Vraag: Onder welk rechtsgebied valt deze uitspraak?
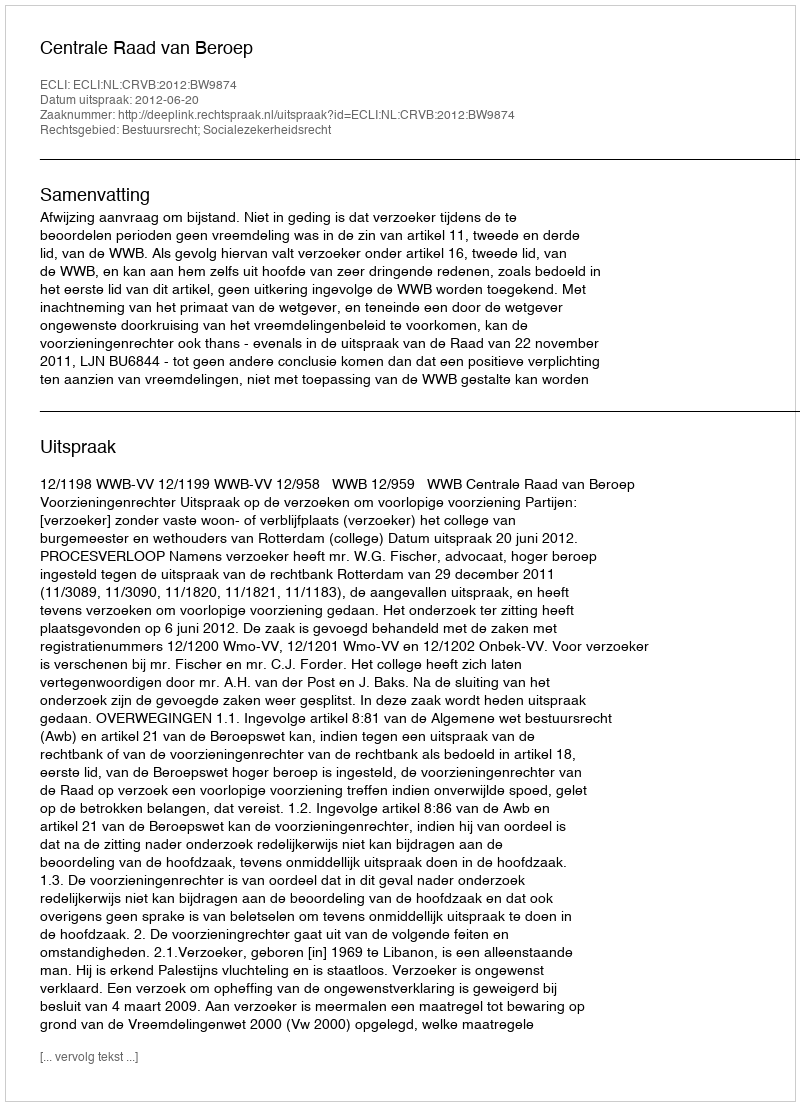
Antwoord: Bestuursrecht; Socialezekerheidsrecht